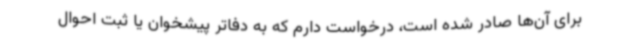
برای آن‌ها صادر شده است، درخواست دارم که به دفاتر پیشخوان یا ثبت احوال